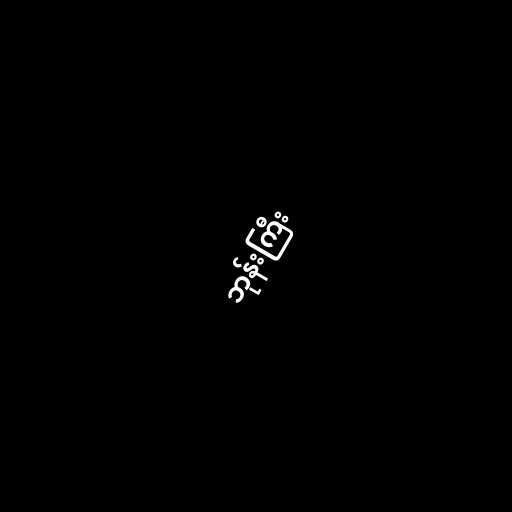
ဘုန်းကြီး